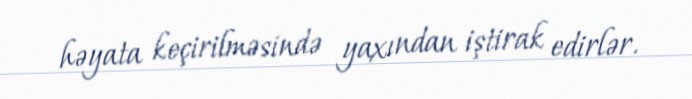
həyata keçirilməsində yaxından iştirak edirlər.